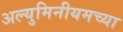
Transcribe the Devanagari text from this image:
अल्युमिनीयमच्या